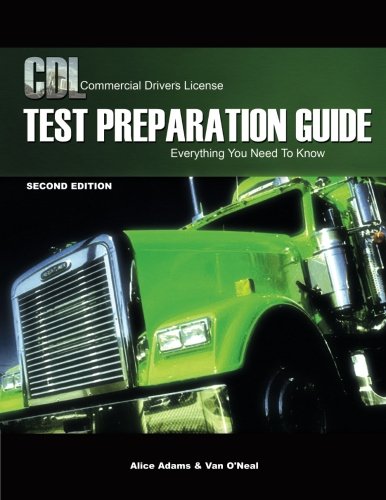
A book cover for CDL Test Preparation Guide: Everything You Need to Know, 2nd Edition (Pass the CDL Exam); Alice Adams; Test Preparation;